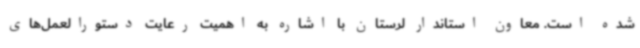
شده است. معاون استاندار لرستان با اشاره به اهمیت رعایت دستورالعمل‌های